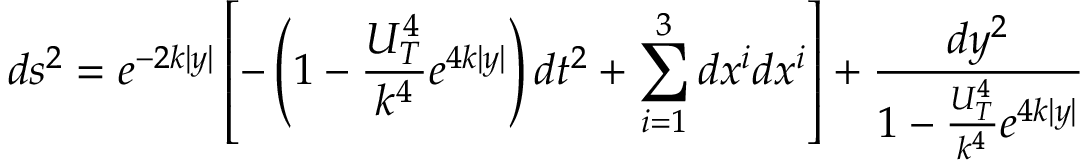
d s ^ { 2 } = e ^ { - 2 k | y | } \left[ - \left( 1 - \frac { U _ { T } ^ { 4 } } { k ^ { 4 } } e ^ { 4 k | y | } \right) d t ^ { 2 } + \sum _ { i = 1 } ^ { 3 } d x ^ { i } d x ^ { i } \right] + \frac { d y ^ { 2 } } { 1 - \frac { U _ { T } ^ { 4 } } { k ^ { 4 } } e ^ { 4 k | y | } }